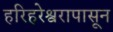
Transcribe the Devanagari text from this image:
हरिहरेश्वरापासून